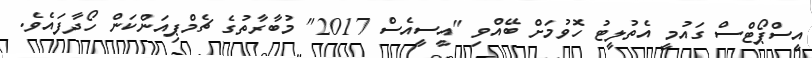
އީސްޕޯޓްސް ގައުމީ އެތުލީޓު ހޮވުމަށް ބޭއްވި "އީސީއެސް 2017" މުބާރާތުގެ ޗެމްޕިއަންކަން ހޯދާފައެވެ.